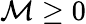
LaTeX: \mathcal{M}\ge0